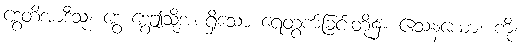
ဒွေတိအာဒီသု၊ ဒွေ ဒွေဤသို့အစရှိသော ရေတွက်ခြင်းတို့၌။ ဧသနယော၊ ကို။